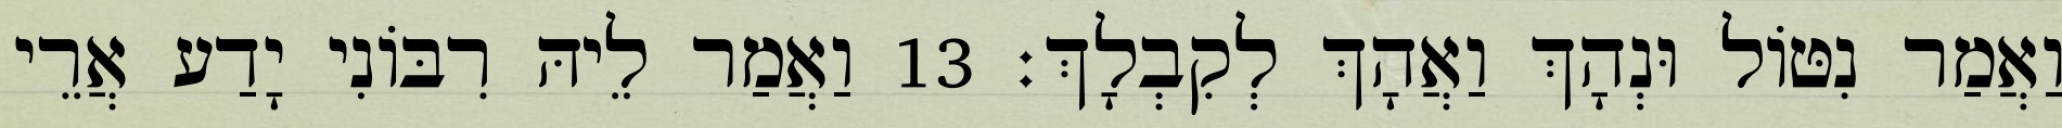
וַאֲמַר נִטּוֹל וּנְהָךְ וַאֲהָךְ לְקִבְלָךְ׃ 13 וַאֲמַר לֵיהּ רִבּוֹנִי יָדַע אֲרֵי